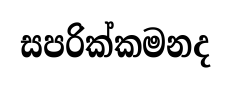
සපරික්කමනද